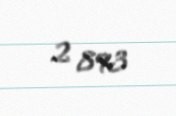
2 893